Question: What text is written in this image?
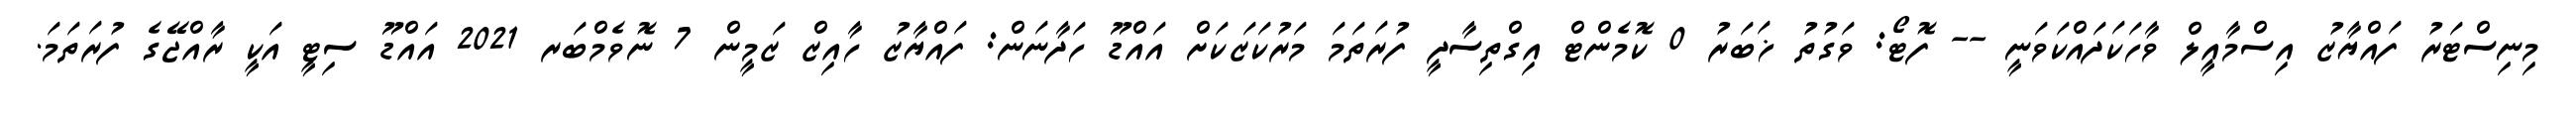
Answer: މިނިސްޓަރު ފައްޔާޒު އިސްމާއީލް ވާހަކަދައްކަވަނީ -- ފޮޓޯ: ވަގުތު ޚަބަރު 0 ކޮމެންޓް އިގްތިސާދީ ފުރަތަމަ މަރުކަޒަކަށް އައްޑޫ ހަދާނަން: ފައްޔާޒު ހާއިޒް ޒަމީން 7 ނޮވެމްބަރ 2021 އައްޑޫ ސިޓީ އަކީ ރާއްޖޭގެ ފުރަތަމަ.